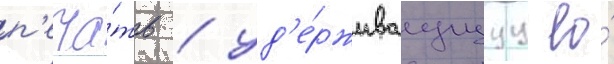
п'еча́ть / уд'е́рживаущуу ео́